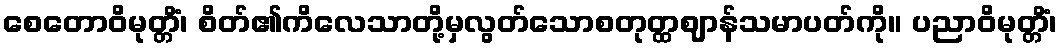
စေတောဝိမုတ္တိံ၊ စိတ်၏ကိလေသာတို့မှလွတ်သောစတုတ္ထဈာန်သမာပတ်ကို။ ပညာဝိမုတ္တိံ၊